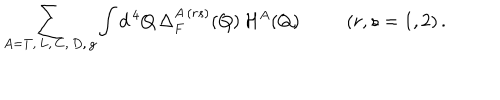
LaTeX: \sum _ { A = T , \, L , \, C , \, D , \, g } \int d ^ { \, 4 } Q \, \Delta _ { F } ^ { A \, ( r s ) } ( Q ) \, { \cal H } ^ { A } ( Q ) ( r , s = 1 , 2 ) \, .